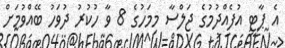
އެ ޕާޓީ އުފެއްދުމުގެ ޖަލްސާ މިމަހުގެ 8 ވާ ހުކުރު ދުވަހު ބޭއްވުމަށް